Leaving Certificate Examination, 1912
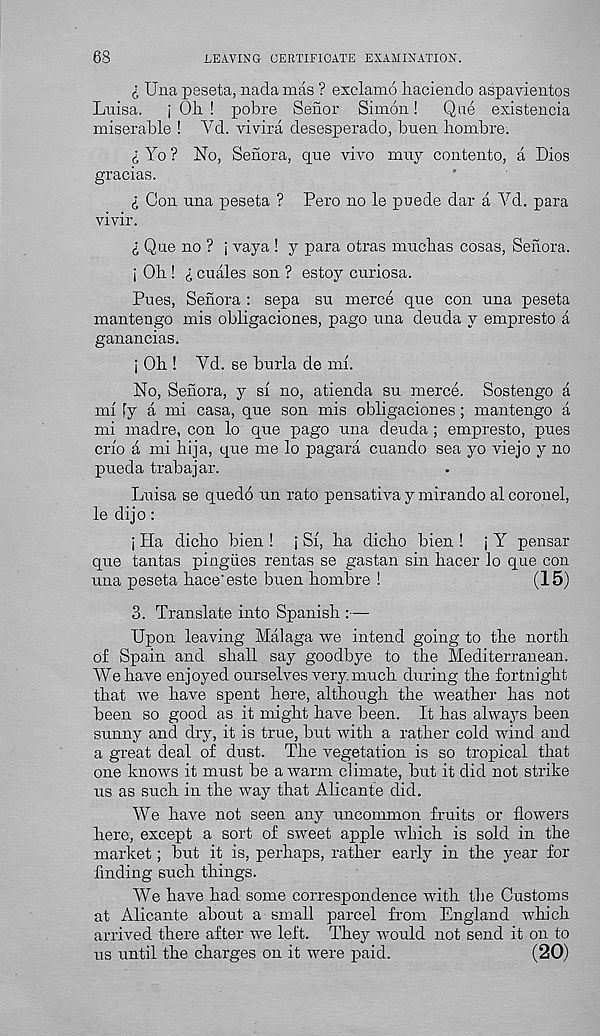
68
LEAVING CERTIFICATE EXAMINATION.
I Una peseta, nada mas ? exclamo liaciendo aspavientos
Luisa.
j Oh! pobre Senor Simon!
Qne existencia
miserable ! Yd. vivira desesperado, buen hombre.
I Yo ? No, Senora, que vivo muy contento, a Dios
gracias.
£ Con una peseta ? Pero no le puede dar a Yd. para
vivir.
£ Qne no ? j vaya ! y para otras mucbas cosas, Senora.
j Oh ! £ cuales son ? estoy curiosa.
Pues, Senora : sepa su merce que con una peseta
mantengo mis obligaciones, pago una deuda y empresto a
ganancias.
j Oh ! Yd. se burla de mi.
No, Senora, y si no, atienda su merce. Sostengo a
mi fy a mi casa, que son mis obligaciones ; mantengo a
mi madre, con lo que pago una deuda ; empresto, pues
crio a mi hija, que me lo pagara cuando sea yo viejo y no
pueda trabajar.
Luisa se quedo un rato pensativa y mirando al corouel,
le dijo:
; Ha dicho bien ! j Si, ha dicho bien ! j Y pensar
que tantas pingiies rentas se gastan sin hacer lo que con
una peseta hace'este buen hombre !
(15)
3. Translate into Spanish :—
Upon leaving Malaga we intend going to the north
of Spain and shall say goodbye to the Mediterranean.
We have enjoyed ourselves very.much during the fortnight
that we have spent here, although the weather has not
been so good as it might have been. It has always been
sunny and dry, it is true, but with a rather cold wind and
a great deal of dust. The vegetation is so tropical that
one knows it must he a warm climate, but it did not strike
us as such in the way that Alicante did.
We have not seen any uncommon fruits or flowers
here, except a sort of sweet apple which is sold in the
market; but it is, perhaps, rather early in the year for
finding such things.
We have had some correspondence with the Customs
at Alicante about a small parcel from England which
arrived there after we left. They would not send it on to
us until the charges on it were paid.
(20)